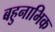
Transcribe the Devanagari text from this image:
बहुनाभिक